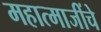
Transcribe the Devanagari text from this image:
महात्माजींचे